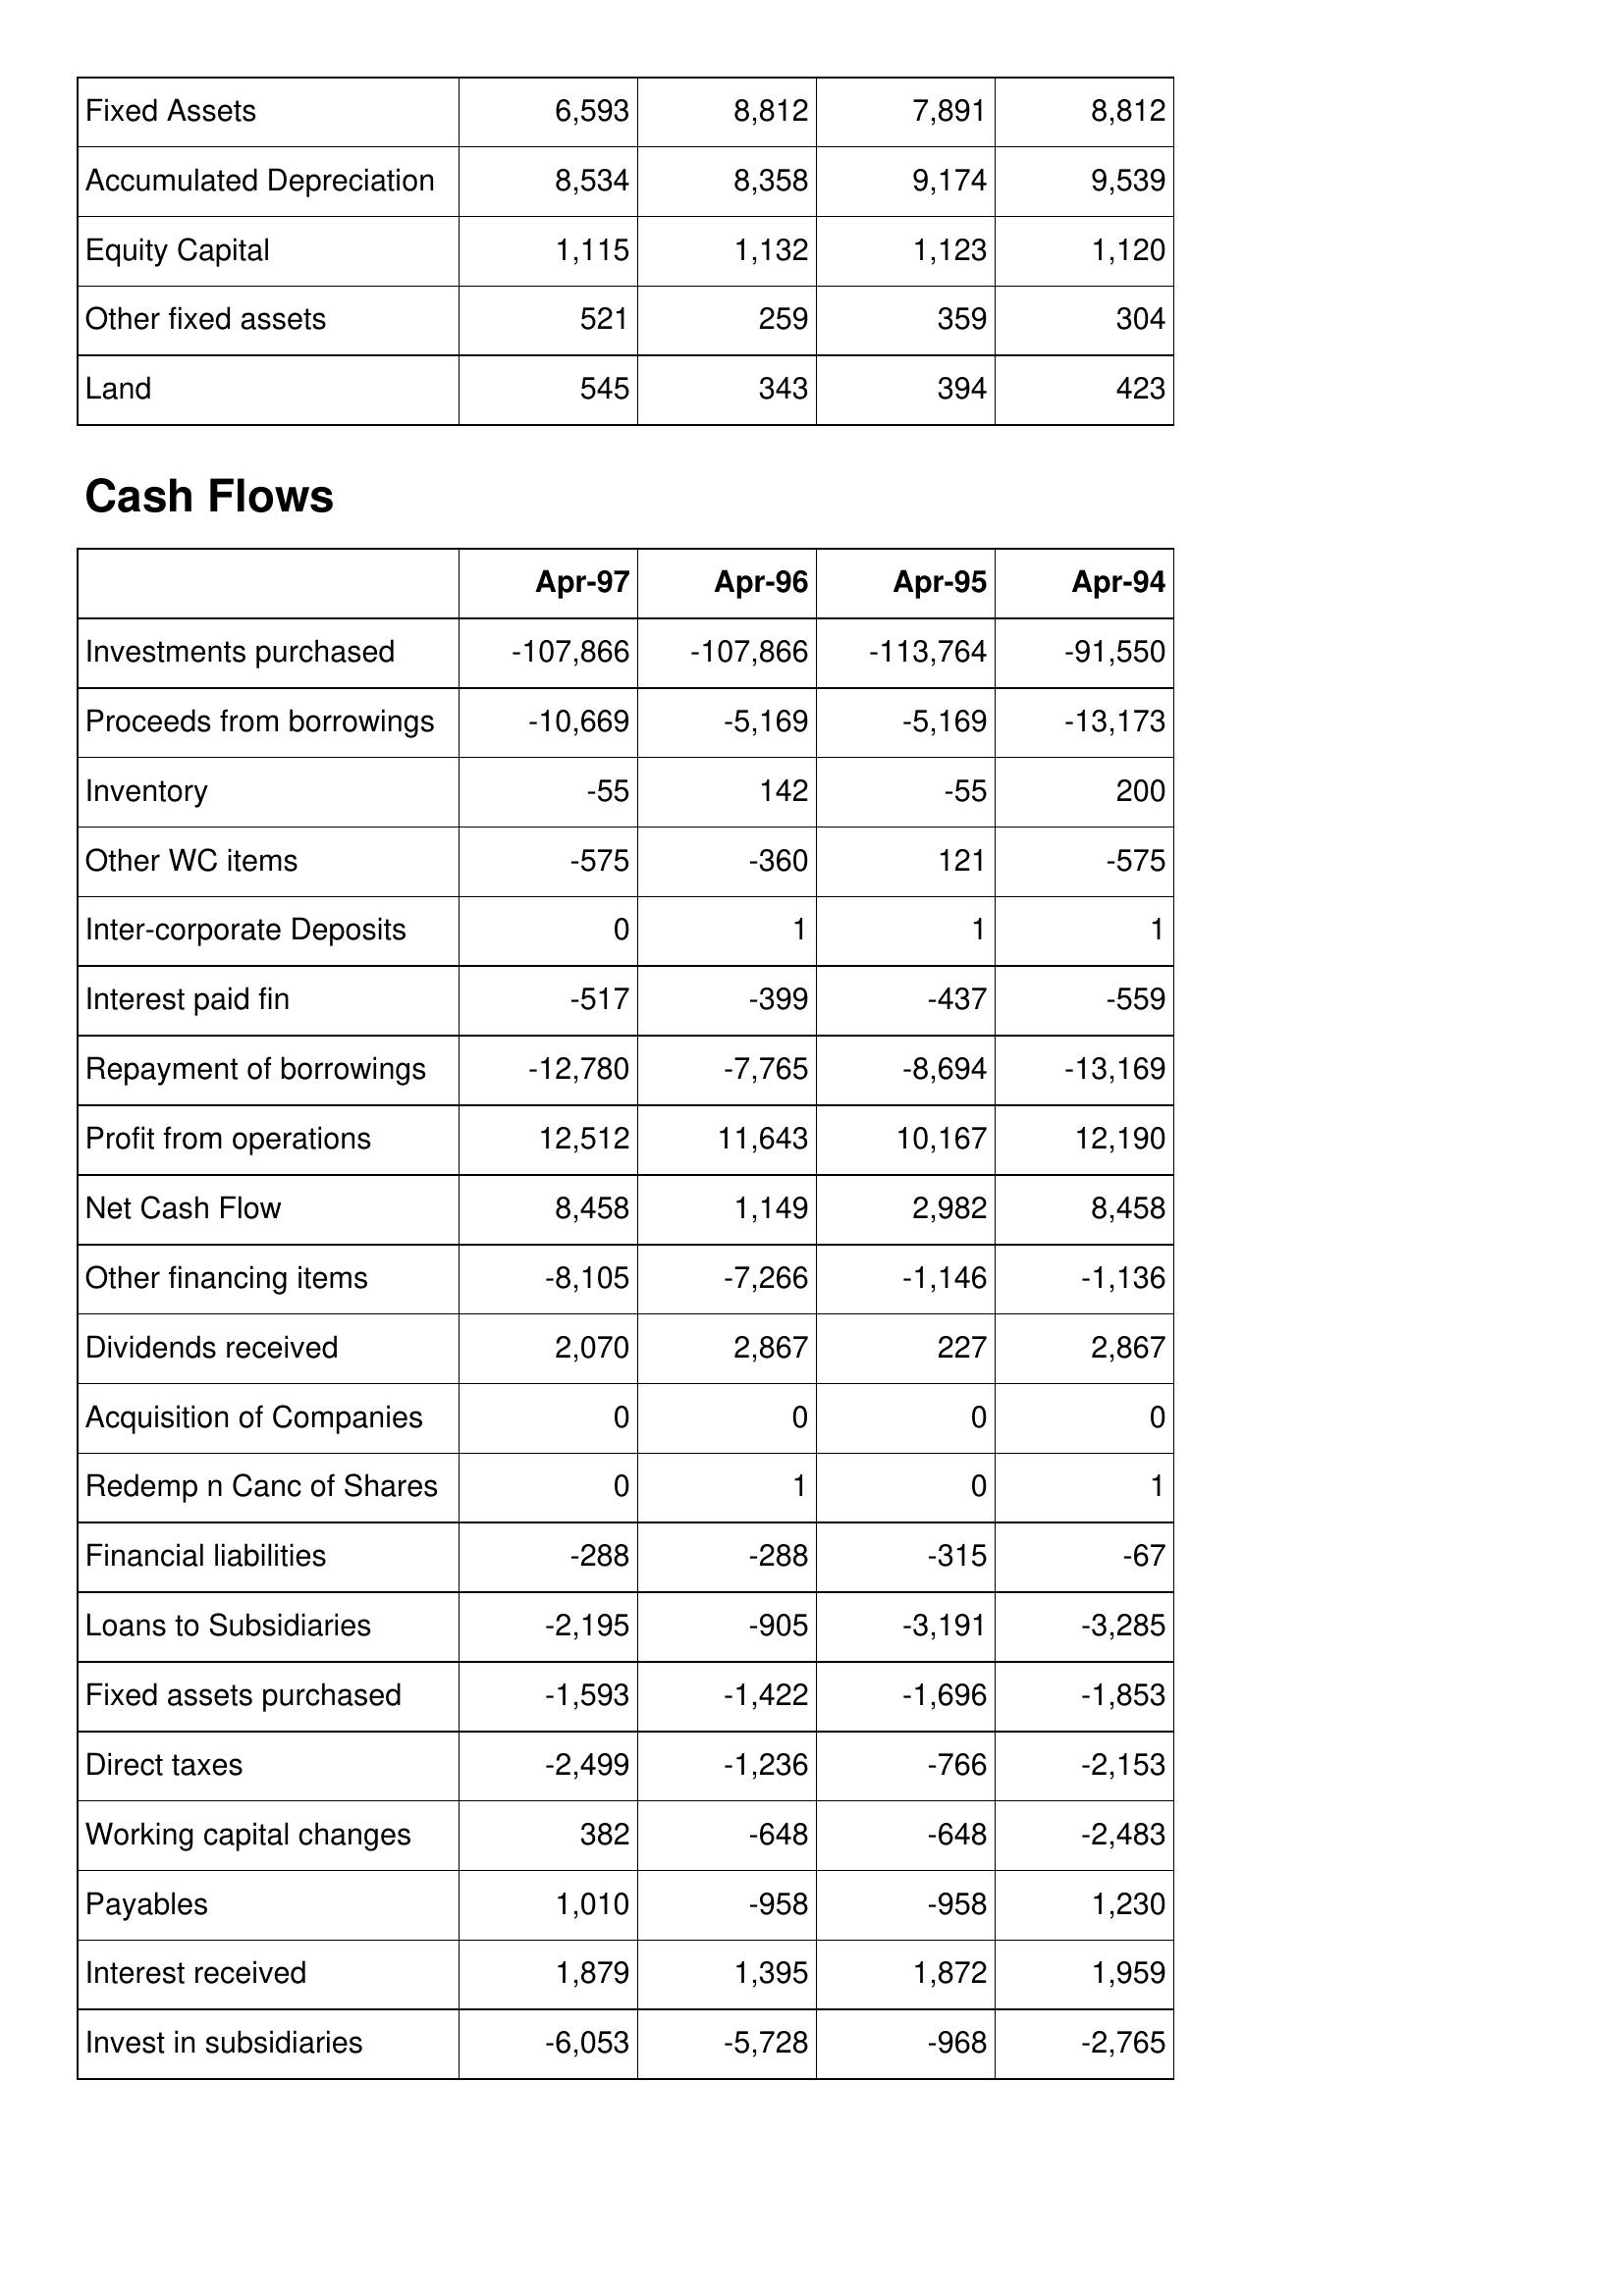
Apr-97: Balance Sheet: Fixed Assets: 6,593
Accumulated Depreciation: 8,534
Equity Capital: 1,115
Other fixed assets: 521
Land: 545
Cash Flows: Investments purchased: -107,866
Proceeds from borrowings: -10,669
Inventory: -55
Other WC items: -575
Inter-corporate Deposits: 0
Interest paid fin: -517
Repayment of borrowings: -12,780
Profit from operations: 12,512
Net Cash Flow: 8,458
Other financing items: -8,105
Dividends received: 2,070
Acquisition of Companies: 0
Redemp n Canc of Shares: 0
Financial liabilities: -288
Loans to Subsidiaries: -2,195
Fixed assets purchased: -1,593
Direct taxes: -2,499
Working capital changes: 382
Payables: 1,010
Interest received: 1,879
Invest in subsidiaries: -6,053
Apr-96: Balance Sheet: Fixed Assets: 8,812
Accumulated Depreciation: 8,358
Equity Capital: 1,132
Other fixed assets: 259
Land: 343
Cash Flows: Investments purchased: -107,866
Proceeds from borrowings: -5,169
Inventory: 142
Other WC items: -360
Inter-corporate Deposits: 1
Interest paid fin: -399
Repayment of borrowings: -7,765
Profit from operations: 11,643
Net Cash Flow: 1,149
Other financing items: -7,266
Dividends received: 2,867
Acquisition of Companies: 0
Redemp n Canc of Shares: 1
Financial liabilities: -288
Loans to Subsidiaries: -905
Fixed assets purchased: -1,422
Direct taxes: -1,236
Working capital changes: -648
Payables: -958
Interest received: 1,395
Invest in subsidiaries: -5,728
Apr-95: Balance Sheet: Fixed Assets: 7,891
Accumulated Depreciation: 9,174
Equity Capital: 1,123
Other fixed assets: 359
Land: 394
Cash Flows: Investments purchased: -113,764
Proceeds from borrowings: -5,169
Inventory: -55
Other WC items: 121
Inter-corporate Deposits: 1
Interest paid fin: -437
Repayment of borrowings: -8,694
Profit from operations: 10,167
Net Cash Flow: 2,982
Other financing items: -1,146
Dividends received: 227
Acquisition of Companies: 0
Redemp n Canc of Shares: 0
Financial liabilities: -315
Loans to Subsidiaries: -3,191
Fixed assets purchased: -1,696
Direct taxes: -766
Working capital changes: -648
Payables: -958
Interest received: 1,872
Invest in subsidiaries: -968
Apr-94: Balance Sheet: Fixed Assets: 8,812
Accumulated Depreciation: 9,539
Equity Capital: 1,120
Other fixed assets: 304
Land: 423
Cash Flows: Investments purchased: -91,550
Proceeds from borrowings: -13,173
Inventory: 200
Other WC items: -575
Inter-corporate Deposits: 1
Interest paid fin: -559
Repayment of borrowings: -13,169
Profit from operations: 12,190
Net Cash Flow: 8,458
Other financing items: -1,136
Dividends received: 2,867
Acquisition of Companies: 0
Redemp n Canc of Shares: 1
Financial liabilities: -67
Loans to Subsidiaries: -3,285
Fixed assets purchased: -1,853
Direct taxes: -2,153
Working capital changes: -2,483
Payables: 1,230
Interest received: 1,959
Invest in subsidiaries: -2,765